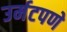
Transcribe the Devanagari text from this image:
उर्मटपणे